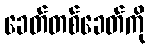
ခေတ်တစ်ခေတ်ကို